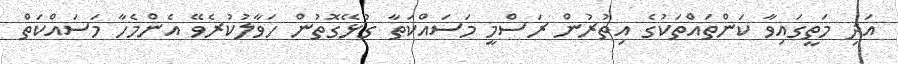
އަދި މަތީގައިވާ ކަންތައްތަކުގެ އިތުރުން ރަސްމީ މަސައްކަތާ ގުޅޭގޮތުން ހަވާލުކުރެވޭ އެންމެހާ މަސައްކަތް